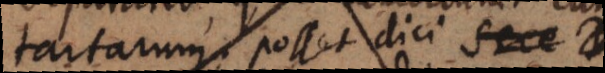
tartarum, posset dici s e